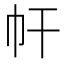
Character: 𢁗